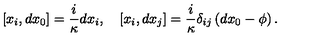
[ x _ { i } , d x _ { 0 } ] = \frac i \kappa d x _ { i } , \quad [ x _ { i } , d x _ { j } ] = \frac i \kappa \delta _ { i j } \left( d x _ { 0 } - \phi \right) .